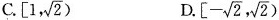
C.[1, \sqrt{2})D. [- \sqrt{2}, \sqrt{2})